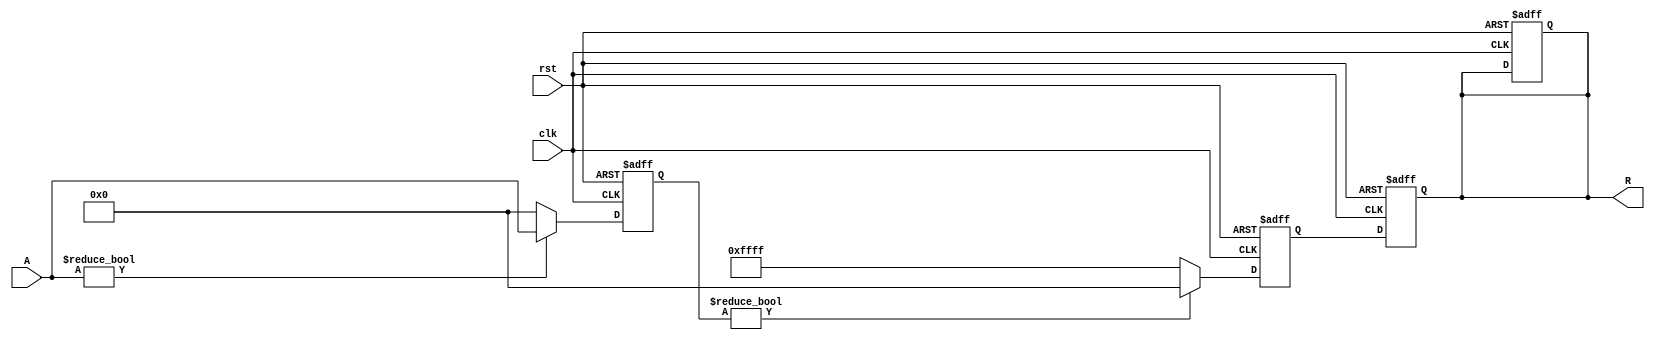
module approx_reciprocal (
    input  wire [15:0] A,   // Input data (16-bit fixed-point)
    output reg  [15:0] R,   // Output data (16-bit fixed-point)
    input  wire clk,        // Clock signal
    input  wire rst         // Reset signal
);

    // Constants for approximation (example coefficients for a polynomial)
    parameter [15:0] C0 = 16'hFFFF; // Coefficient for x^0
    parameter [15:0] C1 = 16'h7FFF; // Coefficient for x^1
    parameter [15:0] C2 = 16'h3FFF; // Coefficient for x^2

    // Internal signals
    reg [15:0] normalized_A;
    reg [15:0] approx_result;

    // Normalize input A to the range [0, 1] (assuming A is in [0, 65535])
    always @(posedge clk or posedge rst) begin
        if (rst) begin
            normalized_A <= 16'h0000;
            R <= 16'h0000;
        end else begin
            // Normalize A to [0, 1] range
            if (A != 16'h0000) begin
                normalized_A <= A; // Assuming A is already in the range [0, 65535]
            end else begin
                normalized_A <= 16'h0000; // Handle division by zero
            end
        end
    end

    // Approximate reciprocal calculation using polynomial approximation
    always @(posedge clk or posedge rst) begin
        if (rst) begin
            approx_result <= 16'h0000;
            R <= 16'h0000;
        end else begin
            if (normalized_A != 16'h0000) begin
                // Polynomial approximation: R = C0 + C1 * normalized_A + C2 * normalized_A^2
                approx_result <= C0 + (C1 * normalized_A) >> 15 + (C2 * normalized_A * normalized_A) >> 30;
            end else begin
                approx_result <= 16'hFFFF; // Return a predefined value for division by zero
            end
            R <= approx_result; // Assign the result to output
        end
    end

endmodule